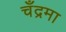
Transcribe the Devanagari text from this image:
चँद्रमा